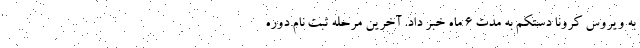
به ویروس کرونا دستکم به مدت ۶ ماه خبر داد. آخرين مرحله ثبت نام دوره